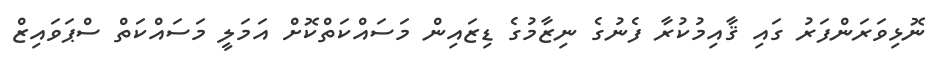
ނޮޅިވަރަންފަރު ގައި ޤާއިމުކުރާ ފެނުގެ ނިޒާމުގެ ޑިޒައިން މަސައްކަތްކޮށް އަމަލީ މަސައްކަތް ސްޕަވައިޒް